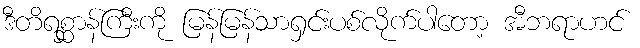
ဒီတိရစ္ဆာန်ကြီးကို မြန်မြန်သာရှင်းပစ်လိုက်ပါတော့ အီဘရာဟင်